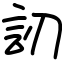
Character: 訒